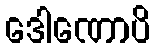
ဒေါဏောပိ